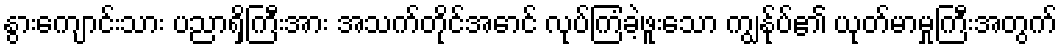
နွားကျောင်းသား ပညာရှိကြီးအား အသက်တိုင်အောင် လုပ်ကြံခဲ့ဖူးသော ကျွန်ုပ်၏ ယုတ်မာမှုကြီးအတွက်